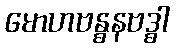
မောဟဗန္ဓနဗဒ္ဓါ